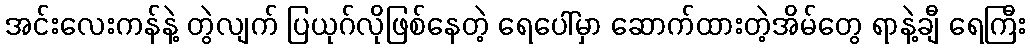
အင်းလေးကန်နဲ့ တွဲလျက် ပြယုဂ်လိုဖြစ်နေတဲ့ ရေပေါ်မှာ ဆောက်ထားတဲ့အိမ်တွေ ရာနဲ့ချီ ရေကြီး